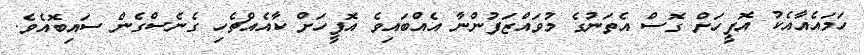
ހަމައެއާއެކު އޮފީހަށް ގޮސް އެތަނުގެ މުވައްޒަފުންނާ އެއްބައިވެ އޮފީހަށް ކާއެއްޗެހި ގެނެސްގެން ސައިބޮއެވެ.